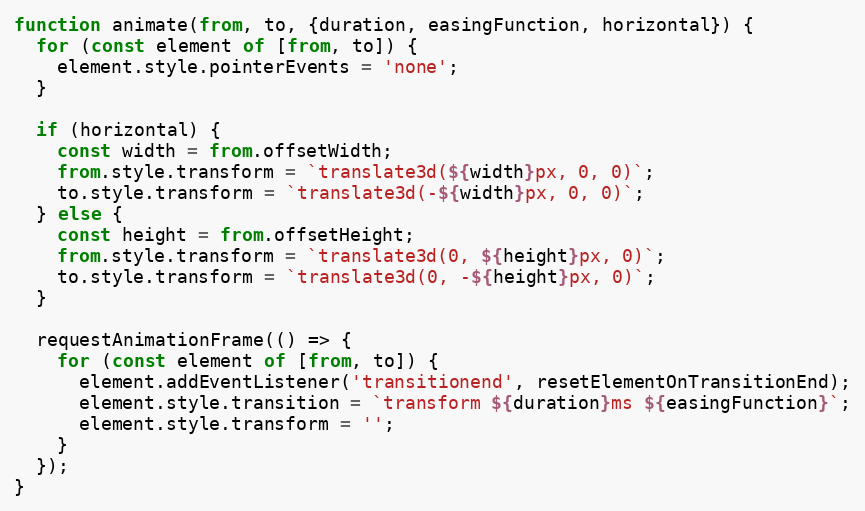
Language: JavaScript
function animate(from, to, {duration, easingFunction, horizontal}) {
  for (const element of [from, to]) {
    element.style.pointerEvents = 'none';
  }

  if (horizontal) {
    const width = from.offsetWidth;
    from.style.transform = `translate3d(${width}px, 0, 0)`;
    to.style.transform = `translate3d(-${width}px, 0, 0)`;
  } else {
    const height = from.offsetHeight;
    from.style.transform = `translate3d(0, ${height}px, 0)`;
    to.style.transform = `translate3d(0, -${height}px, 0)`;
  }

  requestAnimationFrame(() => {
    for (const element of [from, to]) {
      element.addEventListener('transitionend', resetElementOnTransitionEnd);
      element.style.transition = `transform ${duration}ms ${easingFunction}`;
      element.style.transform = '';
    }
  });
}